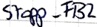
Text: Stopp_FB2